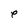
Character: e